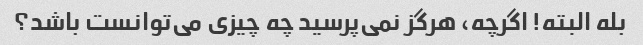
بله البته! اگرچه، هرگز نمی‌پرسید چه چیزی می‌توانست باشد؟